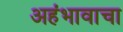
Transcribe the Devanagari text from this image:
अहंभावाचा